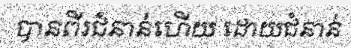
បានពីរជំនាន់ហើយ ដោយជំនាន់